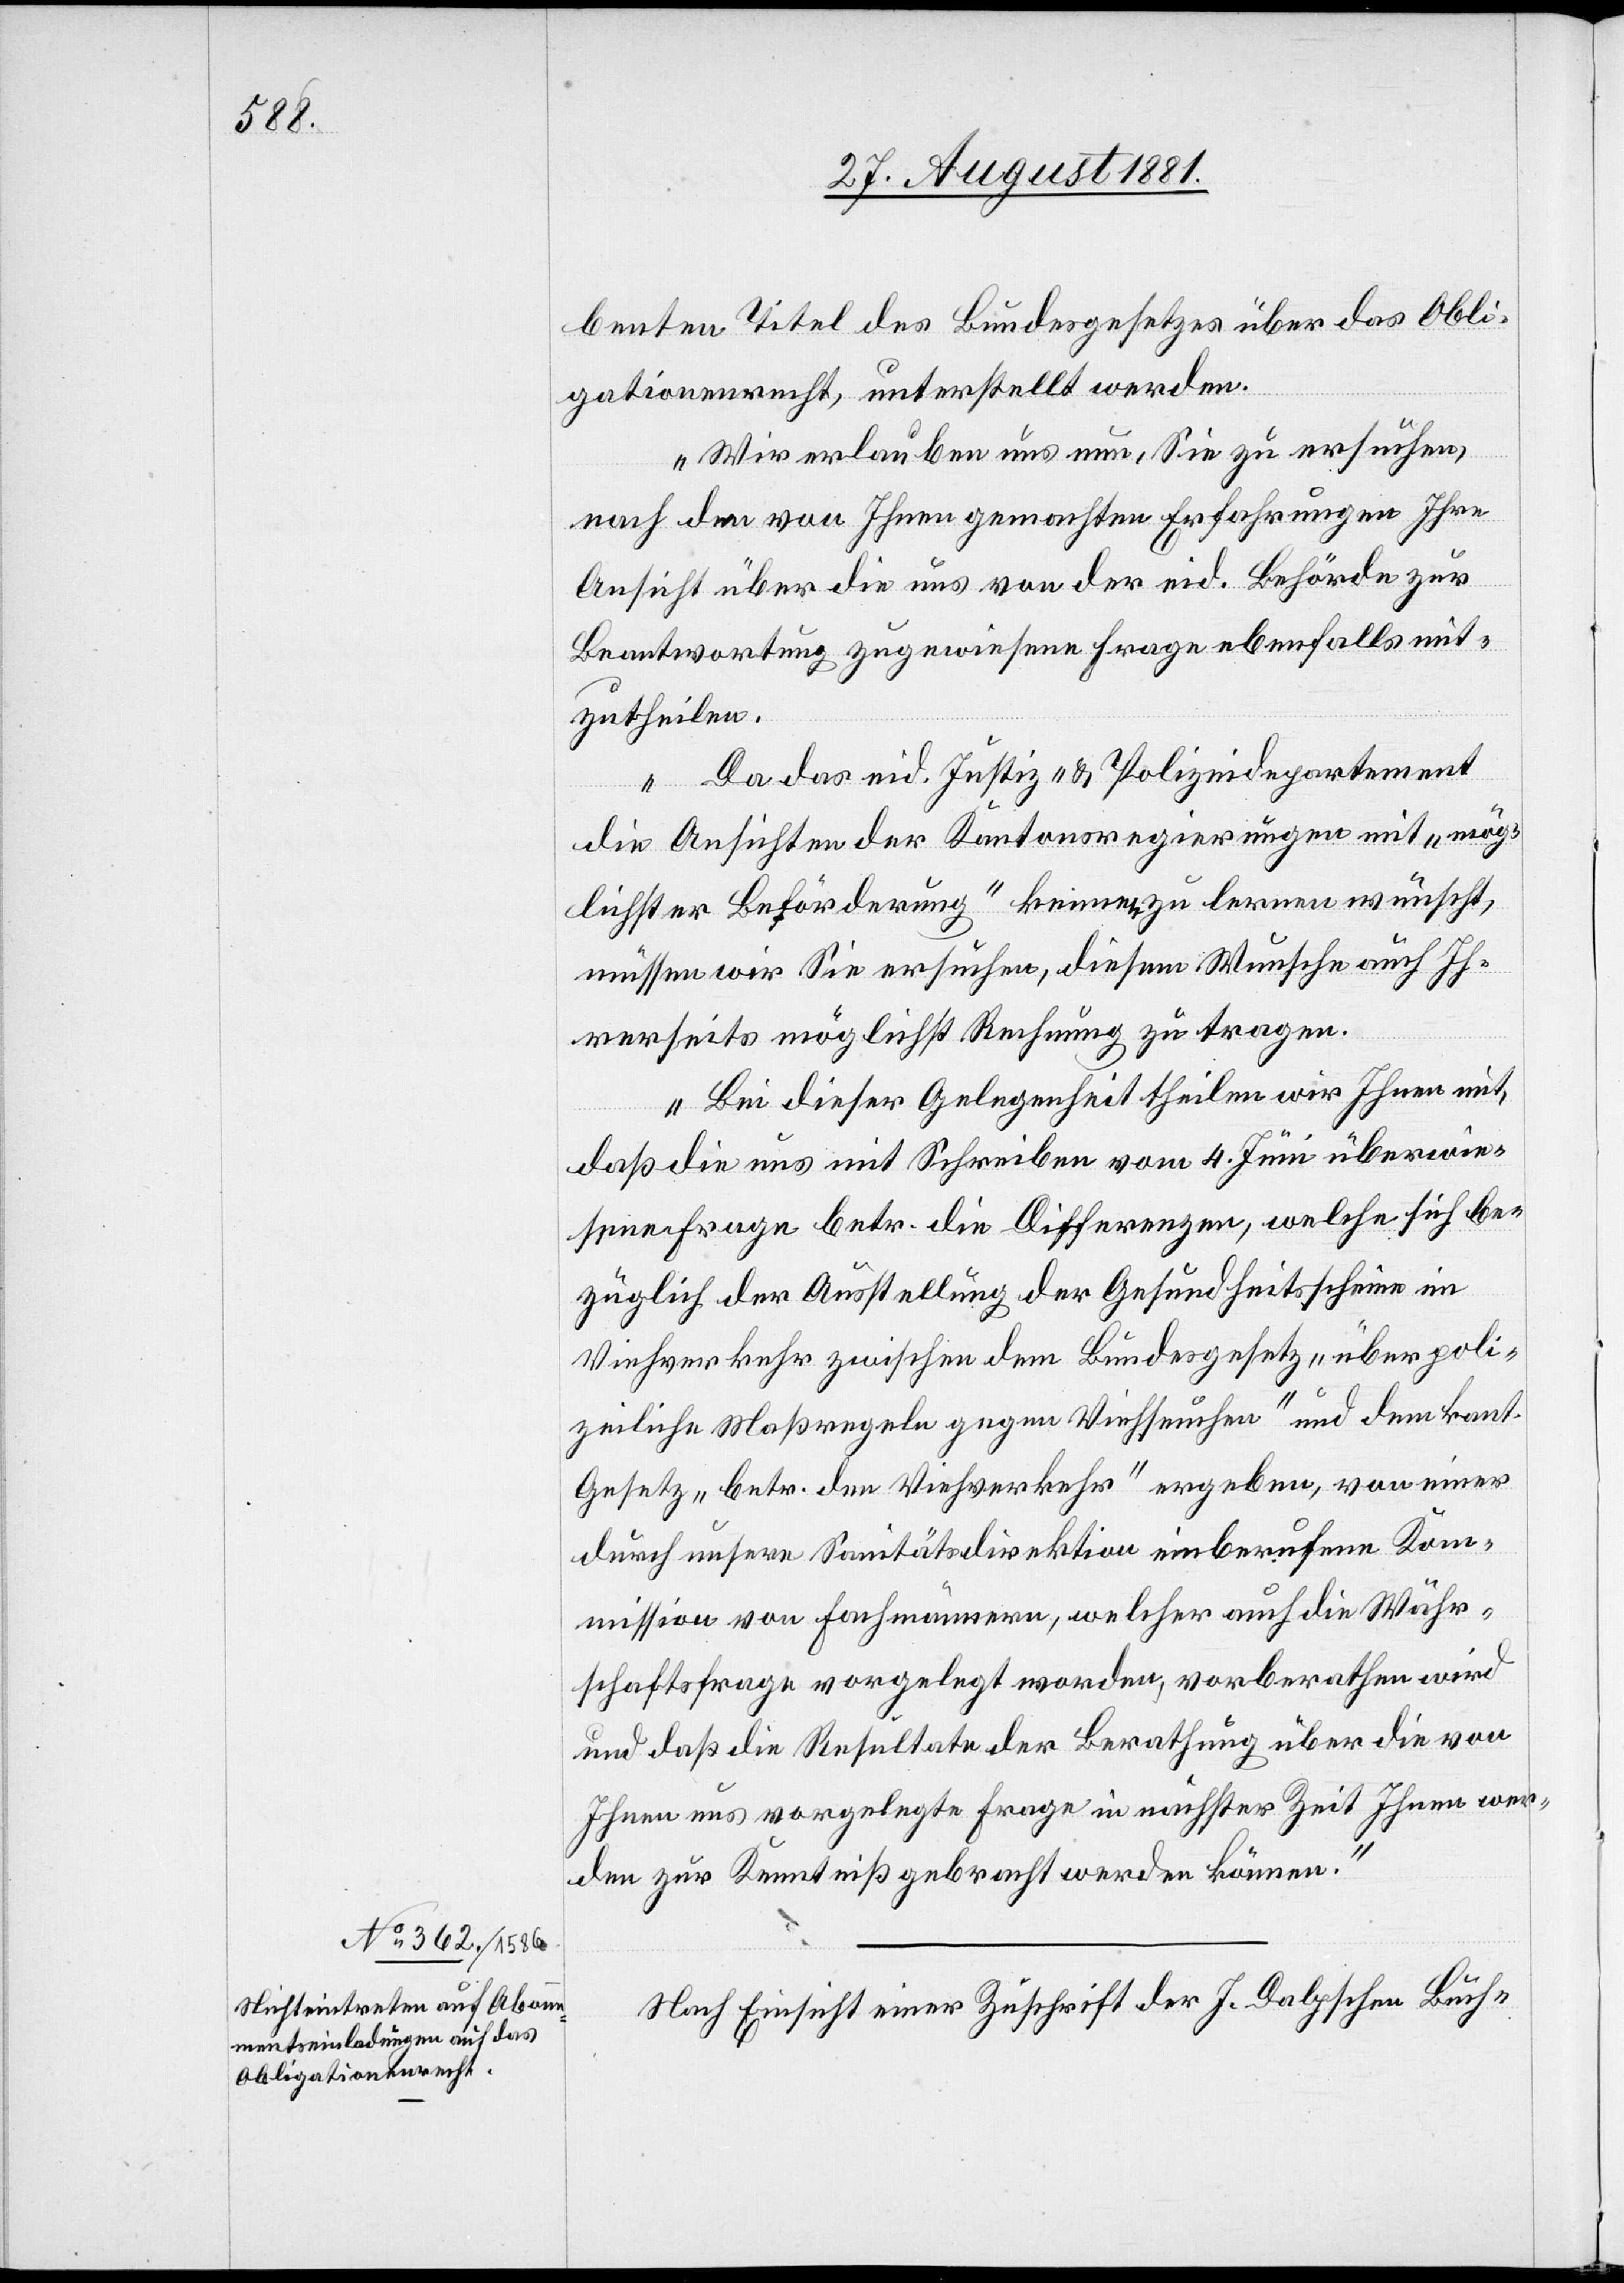
benten Titel des Bundesgesetzes über das Obli¬
gationsrecht, unterstellt werden.
„Wir erlauben uns nun, Sie zu ersuchen,
nach den von Ihnen gemachten Erfahrungen Ihre
Ansicht über die uns von der eid. Behörde zur
Beantwortung zugewiesene Frage ebenfalls mit¬
zutheilen.
Da das eid. Justiz- & Polizeidepartement
die Ansichten der Kantonsregierungen mit „mög¬
lichster Beförderung“ keimen zu lernen wünscht,
müssen wir Sie ersuchen, diesem Wunsche auch Ih¬
rerseits möglichst Rechnung zu tragen.
Bei dieser Gelegenheit theilen wir Ihnen mit,
daß die uns mit Schreiben vom 4. Juni überwie¬
sene Frage betr. die Differenzen, welche sich be¬
züglich der Ausstellung der Gesundheitsscheine im
Viehverkehr zwischen dem Bundesgesetz „über poli¬
zeiliche Maßregeln gegen Viehseuchen“ und dem kant.
Gesetz „betr. dem Viehverkehr“ ergeben, von einer
durch unsere Sanitätsdirektion einberufene Kom¬
mission von Fachmännern, welcher auch die Währ¬
schaftsfrage vorgelegt worden, vorberathen wird
und daß die Resultate der Berathung über die von
Ihnen uns vorgelegte Frage in nächster Zeit Ihnen wer¬
den zur Kenntniß gebracht werden können.“
Nach Einsicht einer Zuschrift der J. Dalpschen Buch-